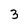
Character: 3